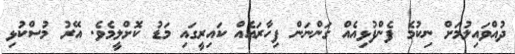
ދުއްވައިލުމަށް ނިކުމެ ފެންފުޅިއެއް ގަންނަން ފިހާރައެއް ކައިރީގައި މަޑު ކޮށްލީމެވެ. އޭރު މުސްކުޅި